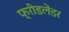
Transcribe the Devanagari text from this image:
फ्रीडलेंडर